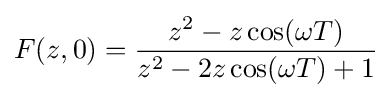
F(z,0)={\frac {z^{2}-z\cos(\omega T)}{z^{2}-2z\cos(\omega T)+1}}